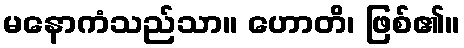
မနောကံသည်သာ။ ဟောတိ၊ ဖြစ်၏။